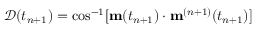
\mathscr { D } ( t _ { n + 1 } ) = \cos ^ { - 1 } [ \mathbf { m } ( t _ { n + 1 } ) \cdot \mathbf { m } ^ { ( n + 1 ) } ( t _ { n + 1 } ) ]